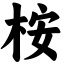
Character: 桉